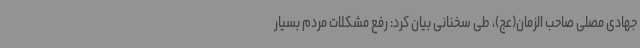
جهادی مصلی صاحب الزمان(عج)، طی سخنانی بیان کرد: رفع مشکلات مردم بسیار